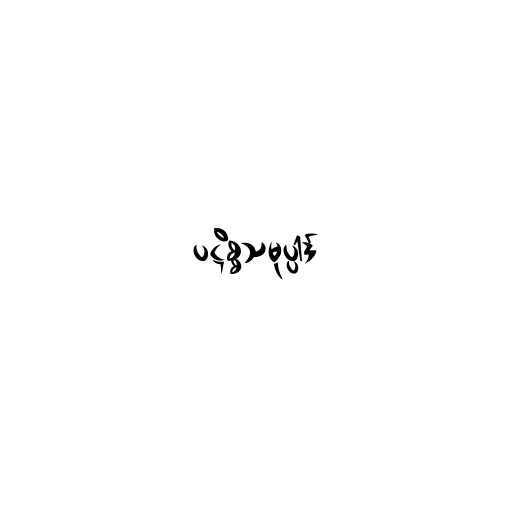
ပဋိစ္စသမုပ္ပါဒ်